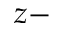
z -